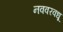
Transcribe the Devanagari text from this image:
नववरवधू